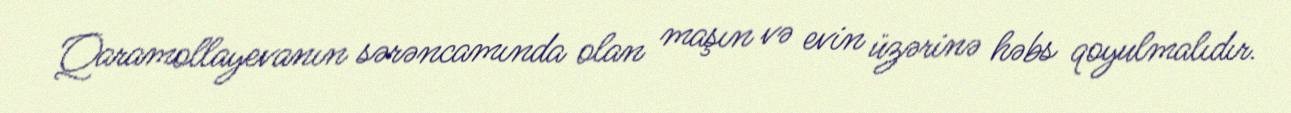
Qaramollayevanın sərəncamında olan maşın və evin üzərinə həbs qoyulmalıdır.